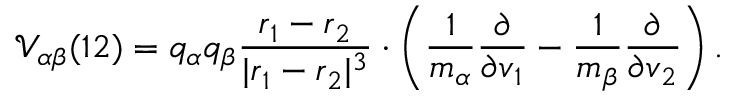
\mathcal { V } _ { \alpha \beta } ( 1 2 ) = q _ { \alpha } q _ { \beta } \frac { \boldsymbol { r } _ { 1 } - \boldsymbol { r } _ { 2 } } { | \boldsymbol { r } _ { 1 } - \boldsymbol { r } _ { 2 } | ^ { 3 } } \boldsymbol { \cdot } \left( \frac { 1 } { m _ { \alpha } } \frac { \partial } { \partial \boldsymbol { v } _ { 1 } } - \frac { 1 } { m _ { \beta } } \frac { \partial } { \partial \boldsymbol { v } _ { 2 } } \right) .